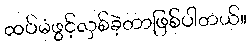
ထပ်မံဖွင့်လှစ်ခဲ့တာဖြစ်ပါတယ်။